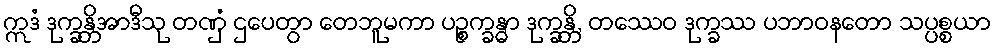
ဣဒံ ဒုက္ခန္တိအာဒီသု တဏှံ ဌပေတွာ တေဘူမကာ ပဉ္စက္ခန္ဓာ ဒုက္ခန္တိ, တဿေဝ ဒုက္ခဿ ပဘာဝနတော သပ္ပစ္စယာ